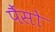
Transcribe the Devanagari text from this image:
पैंसो